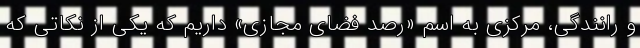
و رانندگی، مرکزی به اسم «رصد فضای مجازی» داریم که یکی از نکاتی که